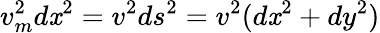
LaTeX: v_{m}^{2}d\mathit{x}^{2}=v^{2}ds^{2}=v^{2}(d\mathit{x}^{2}+dy^{2})